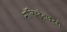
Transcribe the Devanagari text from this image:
मॉलिब्डेनाइटही